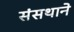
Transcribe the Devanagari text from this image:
संसथाने